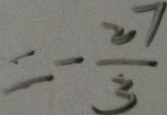
= - \frac { 2 7 } { 3 }